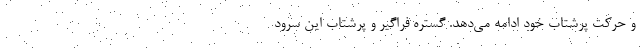
و حرکت ‌پُرشتاب خود ادامه می‌دهد. گستره فراگیر و پُر‌شتاب این سرود